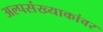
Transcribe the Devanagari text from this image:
अल्पसंख्याकांवर